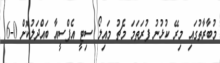
މުބާރާތުގައި މިރޭ ކުޅުނު ފުރަތަމަ މެޗު މައިލޯ ސިޓީ އެފްސީއާ ބައްދަލުކޮށް 0-6